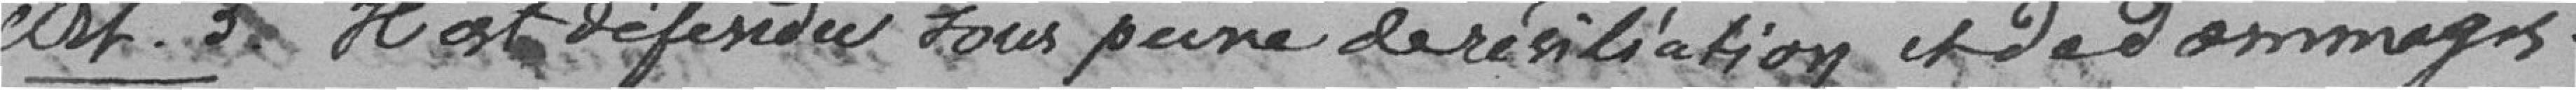
Art.3 Il est défendu sous peine de résiliation et de dommages-